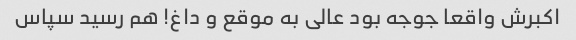
اکبرش واقعا جوجه بود عالی به موقع و داغ! هم رسید سپاس